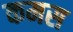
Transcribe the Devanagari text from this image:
कमस